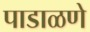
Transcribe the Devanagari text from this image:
पाडाळणे